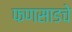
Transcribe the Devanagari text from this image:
फणसाडचे